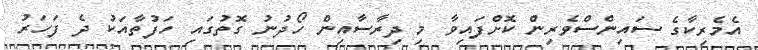
އެމެރިކާގެ ސައިންސްވެރިން ކޮށްފައިވާ މި ދިރާސާއިން ހޯދުނު ގޮތުގައި ހަފުތާއަކު ދެ ފަހަރު